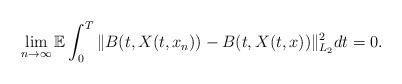
\begin{align*}\lim_{n\rightarrow\infty}\mathbb{E} \int_0^T \Vert B(t,X(t,x_n)) - B(t,X(t,x)) \Vert_{L_2}^2 dt = 0 .\end{align*}